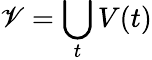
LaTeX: \mathscr{V}=\bigcup_{t}V(t)